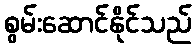
စွမ်းဆောင်နိုင်သည်